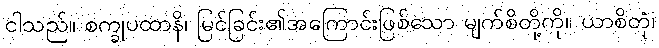
ငါသည်။ စက္ခုပထာနိ၊ မြင်ခြင်း၏အကြောင်းဖြစ်သော မျက်စိတို့ကို။ ယာစိတုံ၊